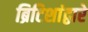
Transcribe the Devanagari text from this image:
ब्रिटिशांद्वारे